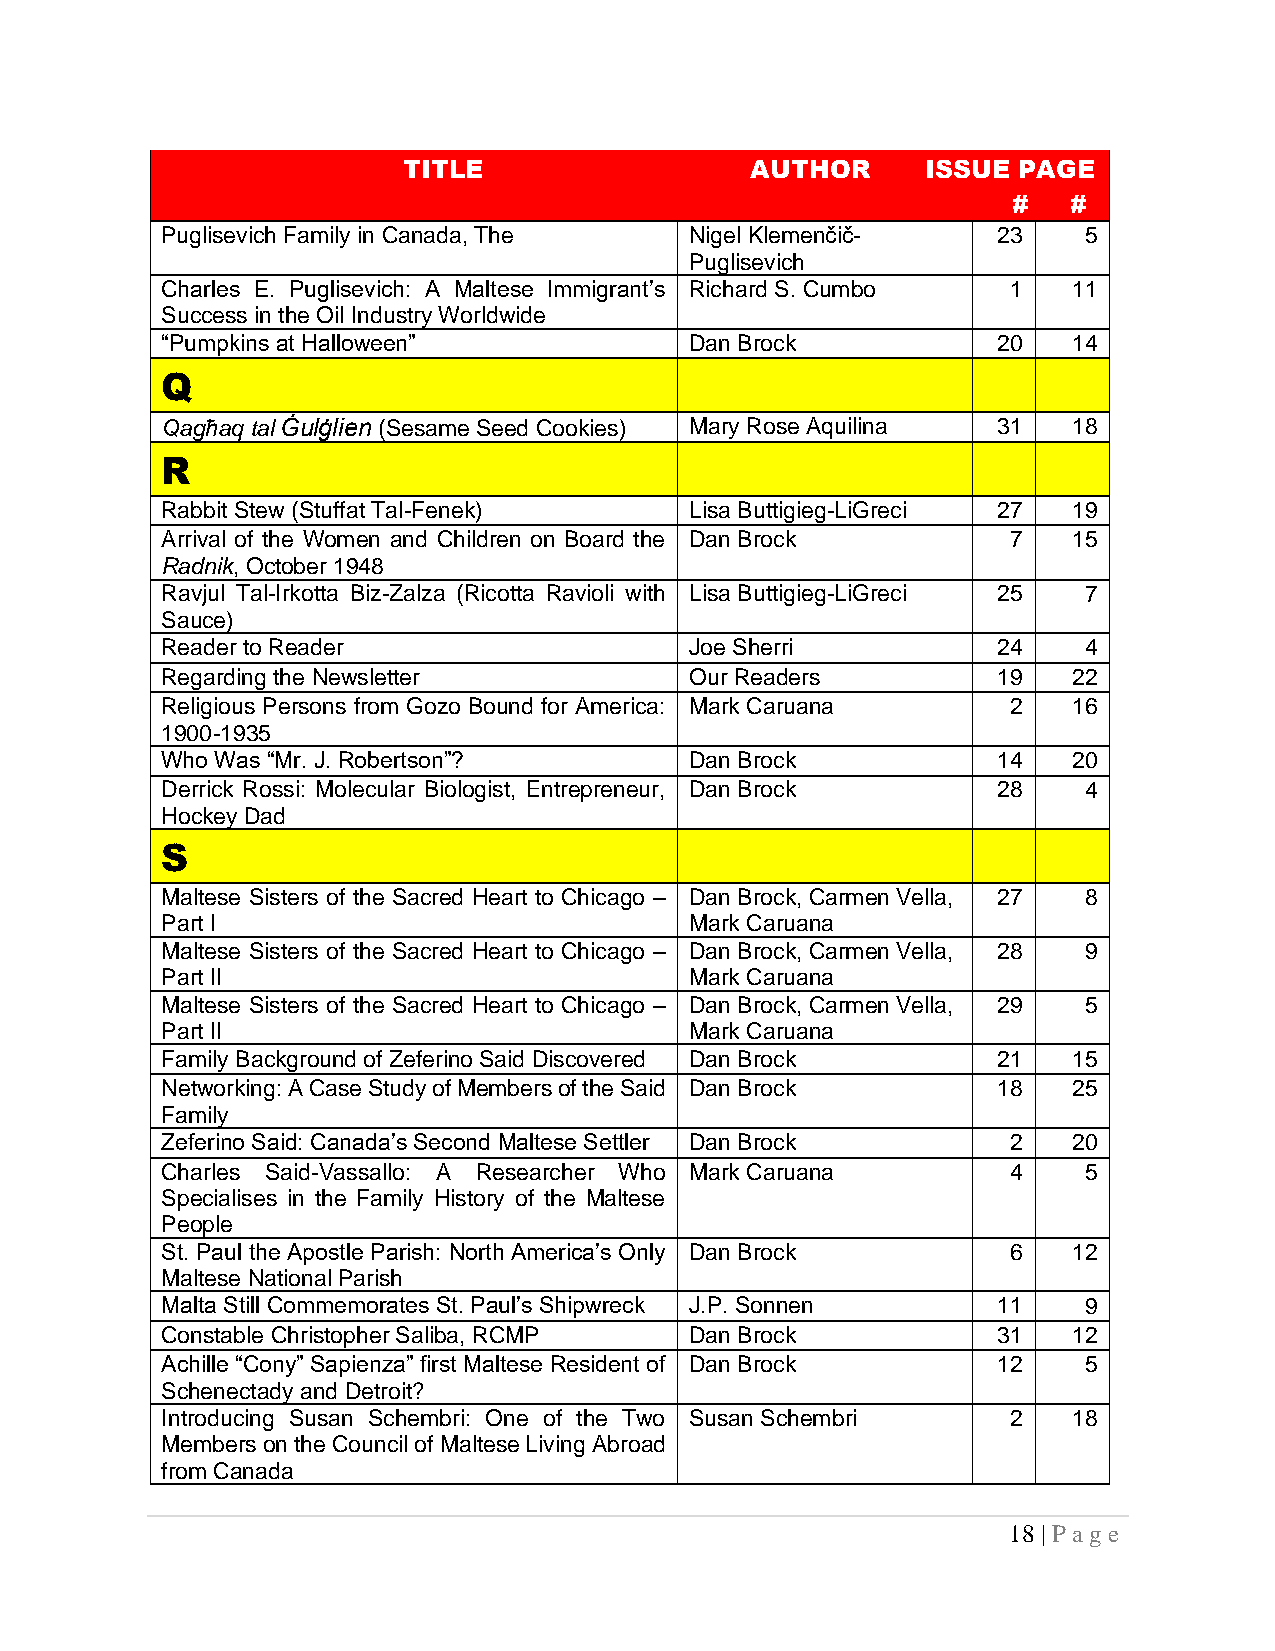
TITLE                  AUTHOR     ISSUE PAGE
 #   #
 Puglisevich Family in Canada, The  Nigel Klemenčič-    23    5
 Puglisevich
 Charles E. Puglisevich: A Maltese Immigrant’s Richard S. Cumbo 1 11
 Success in the Oil Industry Worldwide
 “Pumpkins at Halloween”            Dan Brock           20   14
 Q
 Qagħaq tal Ġulġlien (Sesame Seed Cookies) Mary Rose Aquilina 31 18
 R
 Rabbit Stew (Stuffat Tal-Fenek)    Lisa Buttigieg-LiGreci 27 19
 Arrival of the Women and Children on Board the Dan Brock 7  15
 Radnik, October 1948
 Ravjul Tal-Irkotta Biz-Zalza (Ricotta Ravioli with Lisa Buttigieg-LiGreci 25 7
 Sauce)
 Reader to Reader                   Joe Sherri          24    4
 Regarding the Newsletter           Our Readers         19   22
 Religious Persons from Gozo Bound for America: Mark Caruana 2 16
 1900-1935
 Who Was “Mr. J. Robertson”?        Dan Brock           14   20
 Derrick Rossi: Molecular Biologist, Entrepreneur, Dan Brock 28 4
 Hockey Dad
 S
 Maltese Sisters of the Sacred Heart to Chicago – Dan Brock, Carmen Vella, 27 8
 Part I                             Mark Caruana
 Maltese Sisters of the Sacred Heart to Chicago – Dan Brock, Carmen Vella, 28 9
 Part II                            Mark Caruana
 Maltese Sisters of the Sacred Heart to Chicago – Dan Brock, Carmen Vella, 29 5
 Part II                            Mark Caruana
 Family Background of Zeferino Said Discovered Dan Brock 21  15
 Networking: A Case Study of Members of the Said Dan Brock 18 25
 Family
 Zeferino Said: Canada’s Second Maltese Settler Dan Brock 2  20
 Charles Said-Vassallo: A Researcher Who Mark Caruana    4    5
 Specialises in the Family History of the Maltese
 People
 St. Paul the Apostle Parish: North America’s Only Dan Brock 6 12
 Maltese National Parish
 Malta Still Commemorates St. Paul’s Shipwreck J.P. Sonnen 11 9
 Constable Christopher Saliba, RCMP Dan Brock           31   12
 Achille “Cony” Sapienza” first Maltese Resident of Dan Brock 12 5
 Schenectady and Detroit?
 Introducing Susan Schembri: One of the Two Susan Schembri 2 18
 Members on the Council of Maltese Living Abroad
 from Canada
 18 | P ag e